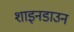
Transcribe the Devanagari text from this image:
शाइनडाउन